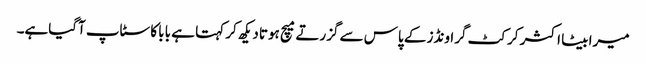
میرا بیٹا اکثر کرکٹ گراونڈز کے پاس سے گزرتے میچ ہوتا دیکھ کر کہتا ہے بابا کا سٹاپ آگیاہے۔